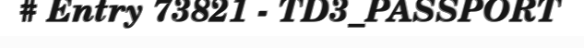
# Entry 73821 - TD3_PASSPORT